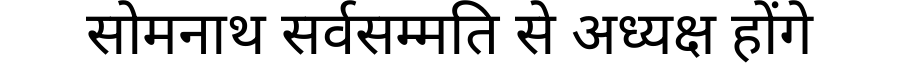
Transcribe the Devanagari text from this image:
सोमनाथ सर्वसम्मति से अध्यक्ष होंगे